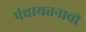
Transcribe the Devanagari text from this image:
पंचायतनाची